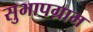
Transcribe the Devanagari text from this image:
सुभापग्राम